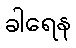
ခါရေန